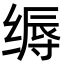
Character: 缛